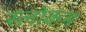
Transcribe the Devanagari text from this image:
स्‍लोकम